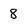
Character: 8